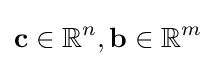
\mathbf {c} \in \mathbb {R} ^{n},\mathbf {b} \in \mathbb {R} ^{m}